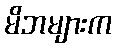
မိဘများက